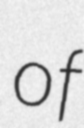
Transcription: of